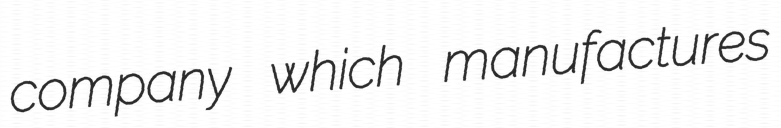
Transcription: company which manufactures